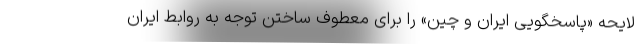
لایحه «پاسخگویی ایران و چین» را برای معطوف ساختن توجه به روابط ایران